65_HS1-834228961_62-HQ-83894_Section_6
Agency: FBI
Page 231
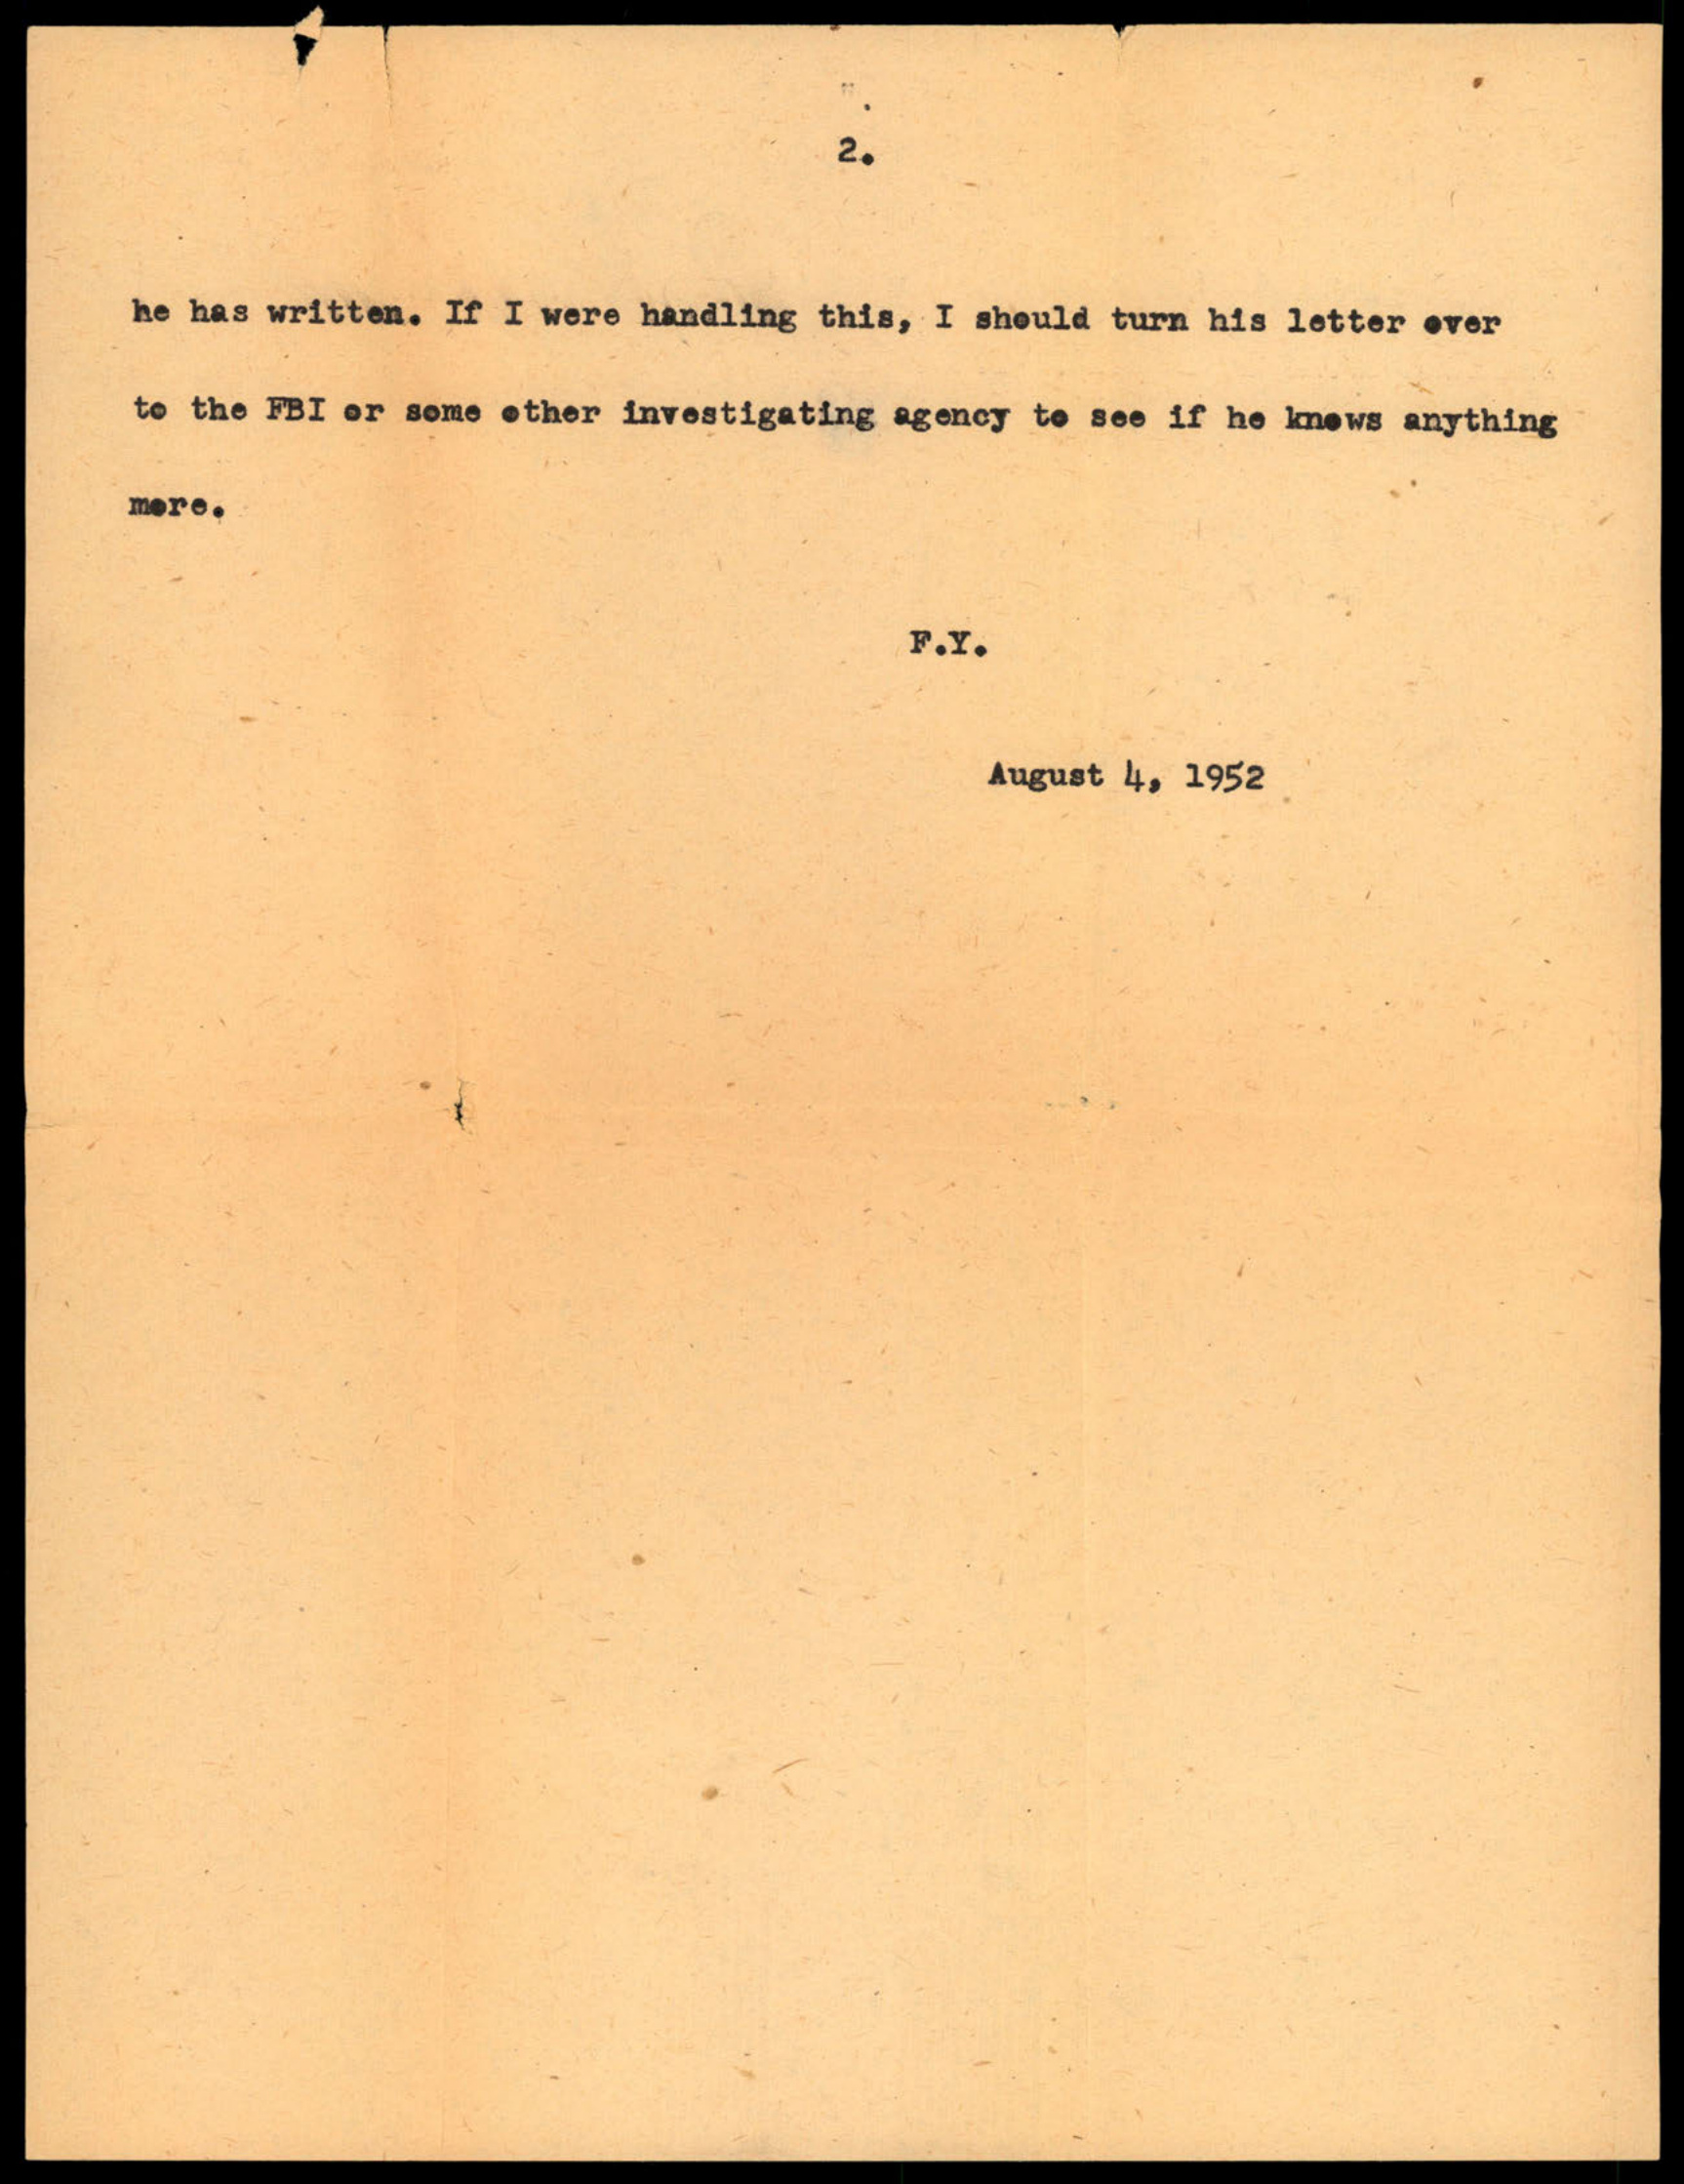